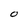
Character: O